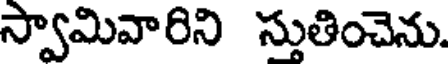
స్వామివారిని స్తుతించెను.